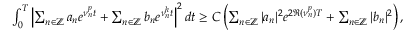
\begin{array} { r } { \int _ { 0 } ^ { T } \left| \sum _ { n \in \mathbb Z } a _ { n } e ^ { \nu _ { n } ^ { p } t } + \sum _ { n \in \mathbb Z } b _ { n } e ^ { \nu _ { n } ^ { h } t } \right| ^ { 2 } d t \geq C \left( \sum _ { n \in \mathbb Z } | a _ { n } | ^ { 2 } e ^ { 2 \Re ( \nu _ { n } ^ { p } ) T } + \sum _ { n \in \mathbb Z } | b _ { n } | ^ { 2 } \right) , } \end{array}